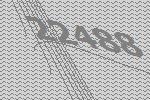
22488